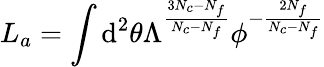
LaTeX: L_{a}=\int\mathrm{d}^{2}\theta\Lambda^{\frac{{3N_{c}-N_{f}}}{{N_{c}-N_{f}}}}\phi^{-\frac{{2N_{f}}}{{N_{c}-N_{f}}}}